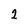
Character: 2